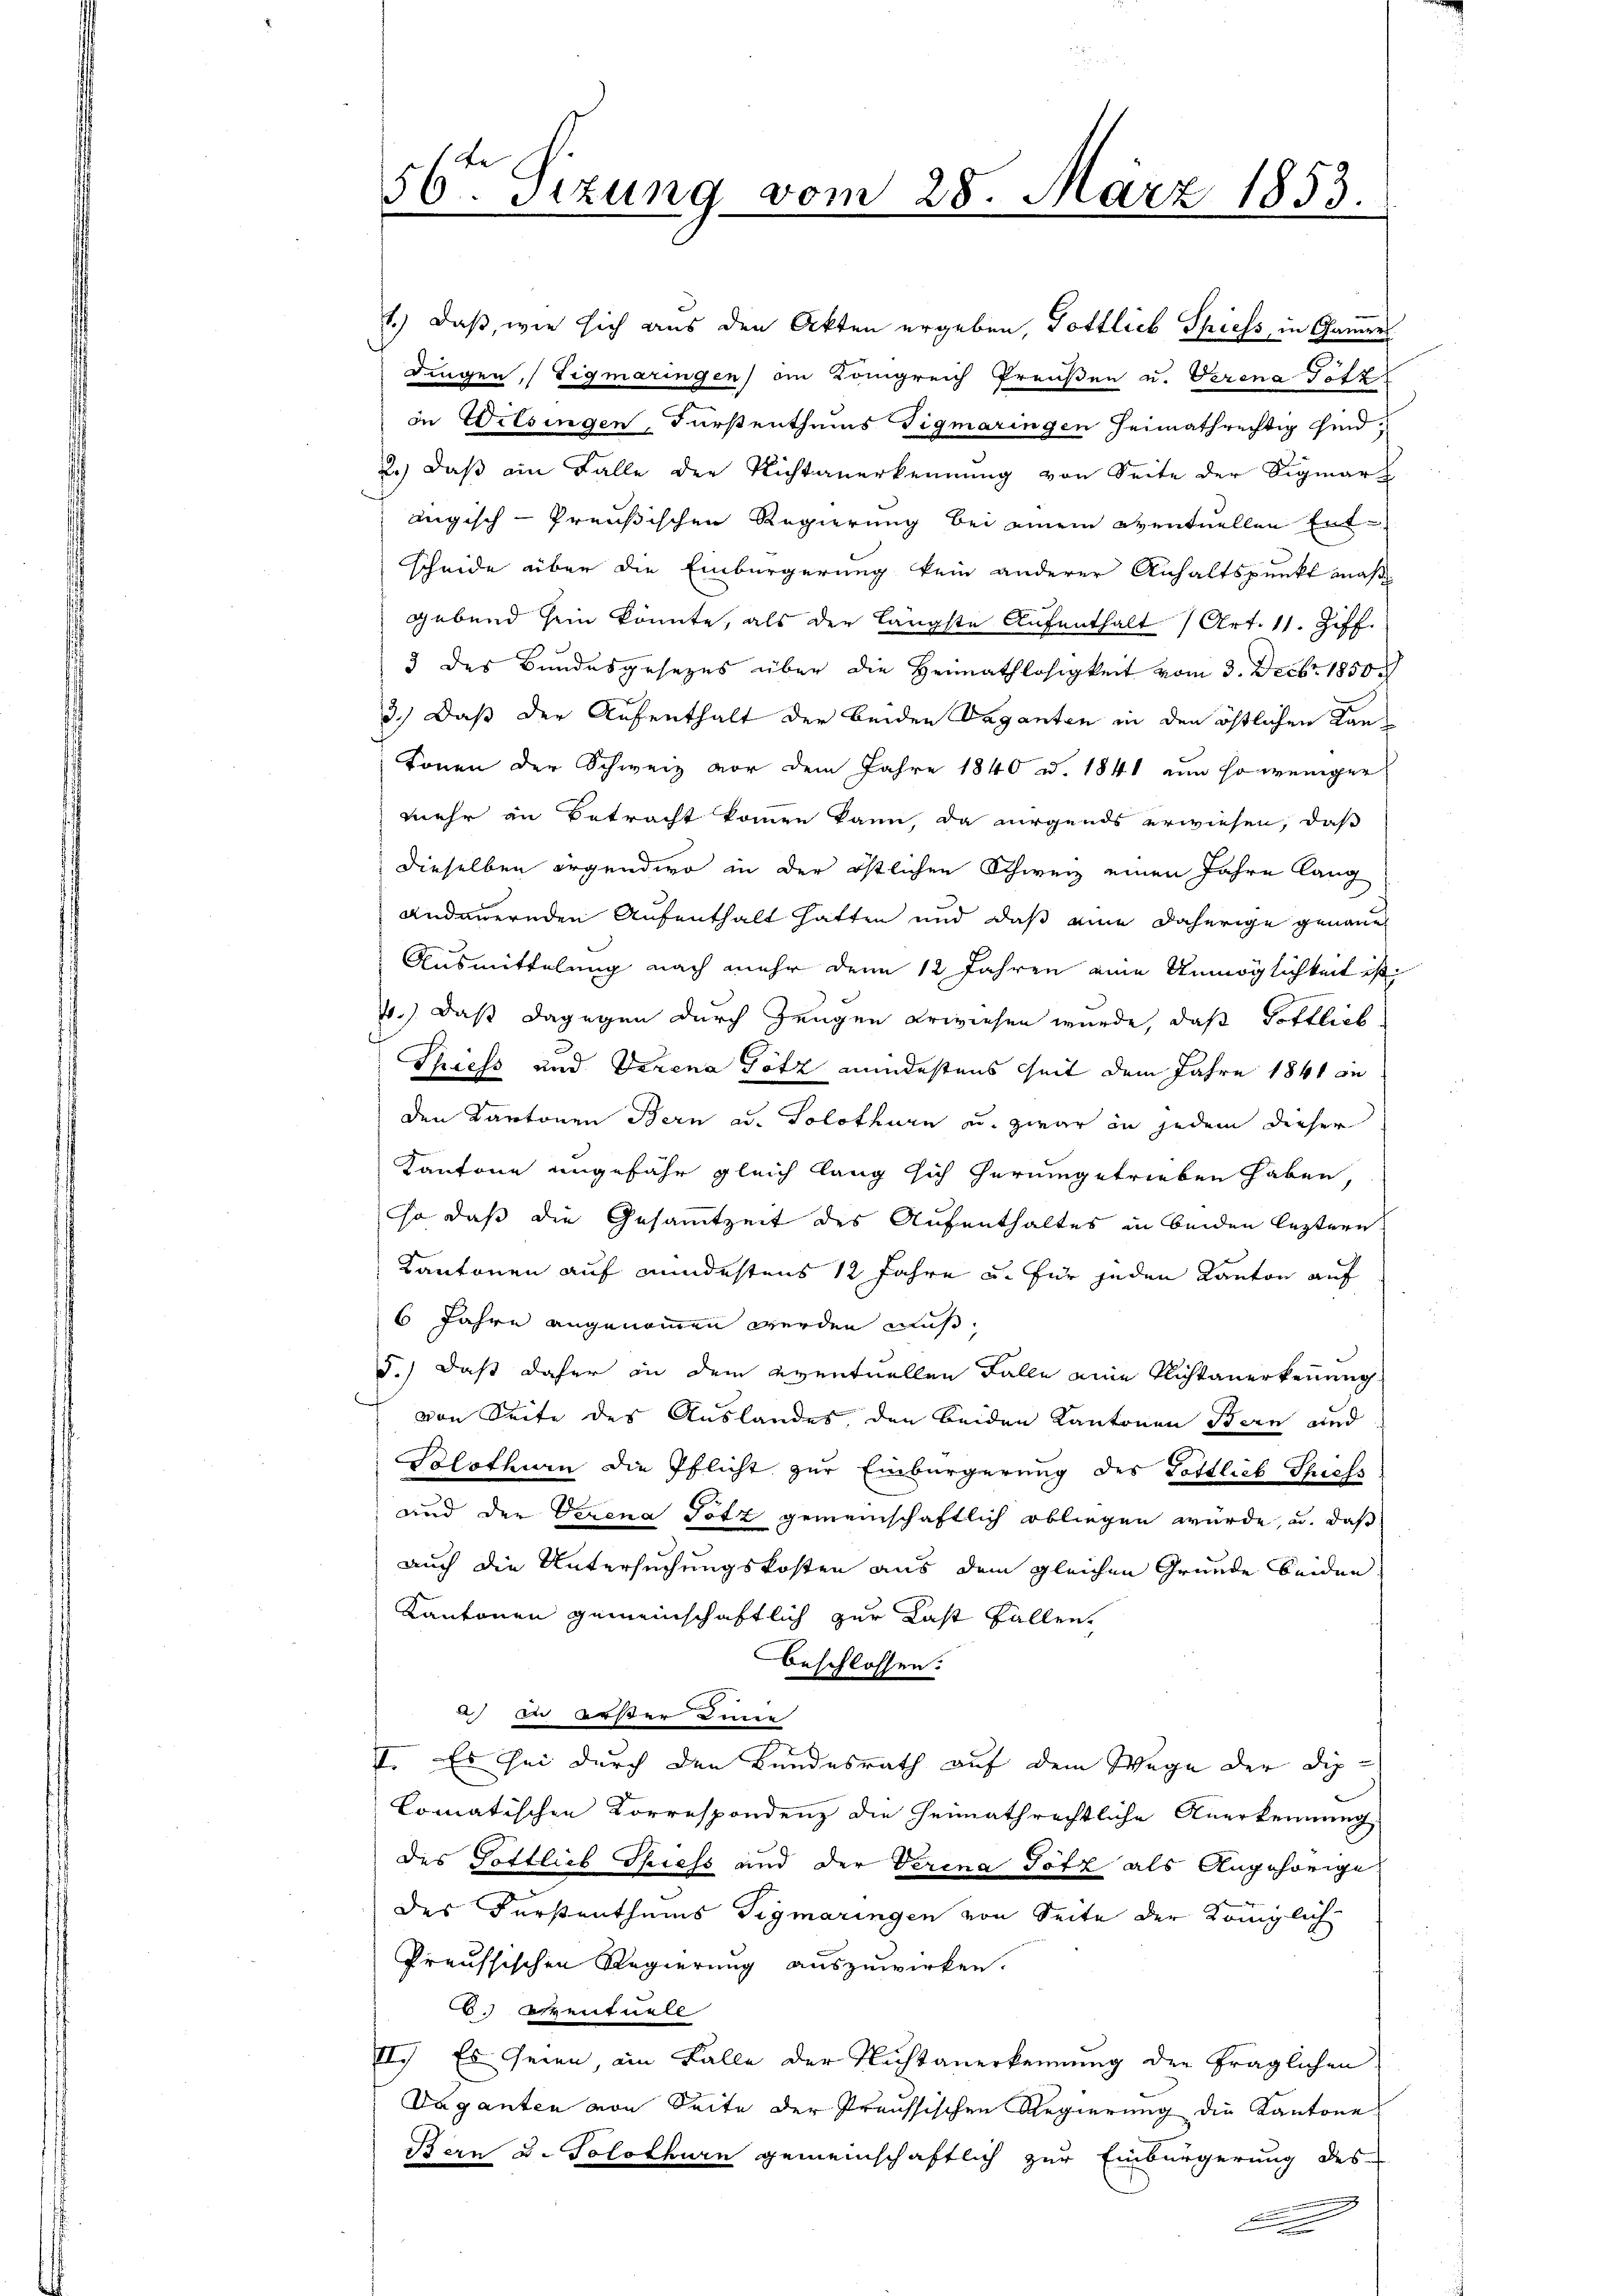
2.) daβ ein Falle der Nichtanerkennung von Seite der Sigmar
äugisch-Preußischen Regierung bei einem eventuellen Ent¬
Scheide über die Einbürgerung kein anderer Anhaltspunkt maß
gebend sein könnte, als der längste Aufenthalt (Art. 11. Ziff.
3 des Bundesgesezes über die Heimathlosigkeit vom 3. Decbr. 1850
3.) Daß der Aufenthalt der beiden Vaganten in den östlichen Kankonen der Schweiz vor dem Jahre 1840 d. 1841 um so weniger
mehr an Betracht kommen kann, da nirgends erwiesen, daß
dieselben irgendwo in der östlichen Schweiz einen Jahre lang
andauernden Aufenthalt hatten und daß eine daherige genaue
Ausmittelung nach mehr denn 12 Jahren eine Unmöglichkeit ist,
7.) Daß dagegen durch Zeugen erwiesen wurde, daß Gottlich
Shiess und Verena Götz mindestens seit dem Jahre 1841 an
den Kantonen Bern ad. Solothurn u. zwar in jedem dieser
Kantone angefähr gleich lang sich herumgetrieben haben,
so daß die Gesammtzeit des Aufenthaltes in beiden leztern
Kantonen auf mindestens 12 Jahre u. für jeden Kanton auf
6 Jahre angenommen werden muß.
5.) Daß daher in dem eventuellen Falle eine Flichtanerkennung
von Seite des Auslandes den beiden Kantonen Bern und
Solothurn die Pflicht zur Einbürgerung des Pottlieb Spiels
und der Verena Totz gemeinschaftlich obliegen würde, u. daß
auch die Untersuchungskosten aus dem gleichen Gründe beiden
Kantonen gemeinschaftlich zur Last fallen
beschlossen:
) In Außer Einen
I. Es sei durch den Bundesrath auf dem Wege der Dip¬
Comatischen Korrespondenz die heimathrechtliche Anerkennung
des Gottlich Spiess und der Verina Götz als Angehörige
des Fürstenthums Sigmaringen von Seite der Königliche
Preussischen Regierung auszuwirken.
6.) Aszentuell
II.) Es seien, im Falle der Nichtanerkennung der fraglichen
Vaganten von Seite der Preussischen Regierung die Kantone
Bern u. Solothurn gemeinschaftlich zur Einbürgerung des

56ten Sizung vom 28. März 1853.

1.) Daß, wie sich aus den Akten ergeben, Gottlieb Spiess, in Camers
dingen, (Tigmaringen) im Königreich Preußen u. Verena Tetz
in Wilsingen, Fürstenthums Tigmaringen Heimathrechtig sind.